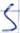
Text: S